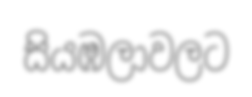
සියඹලාවලට